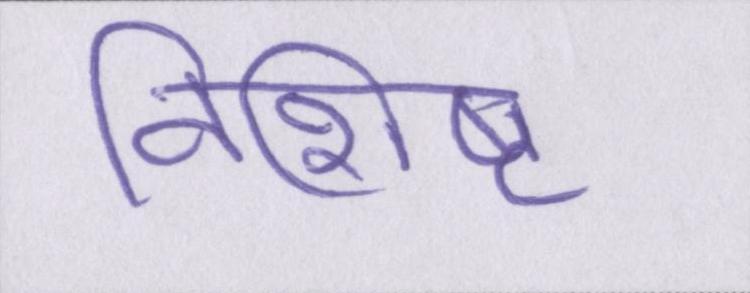
विशिष्ट